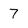
Character: 7